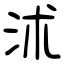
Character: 沭